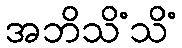
အဘိသိံသိံ